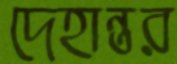
দেহান্তর